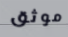
موثق